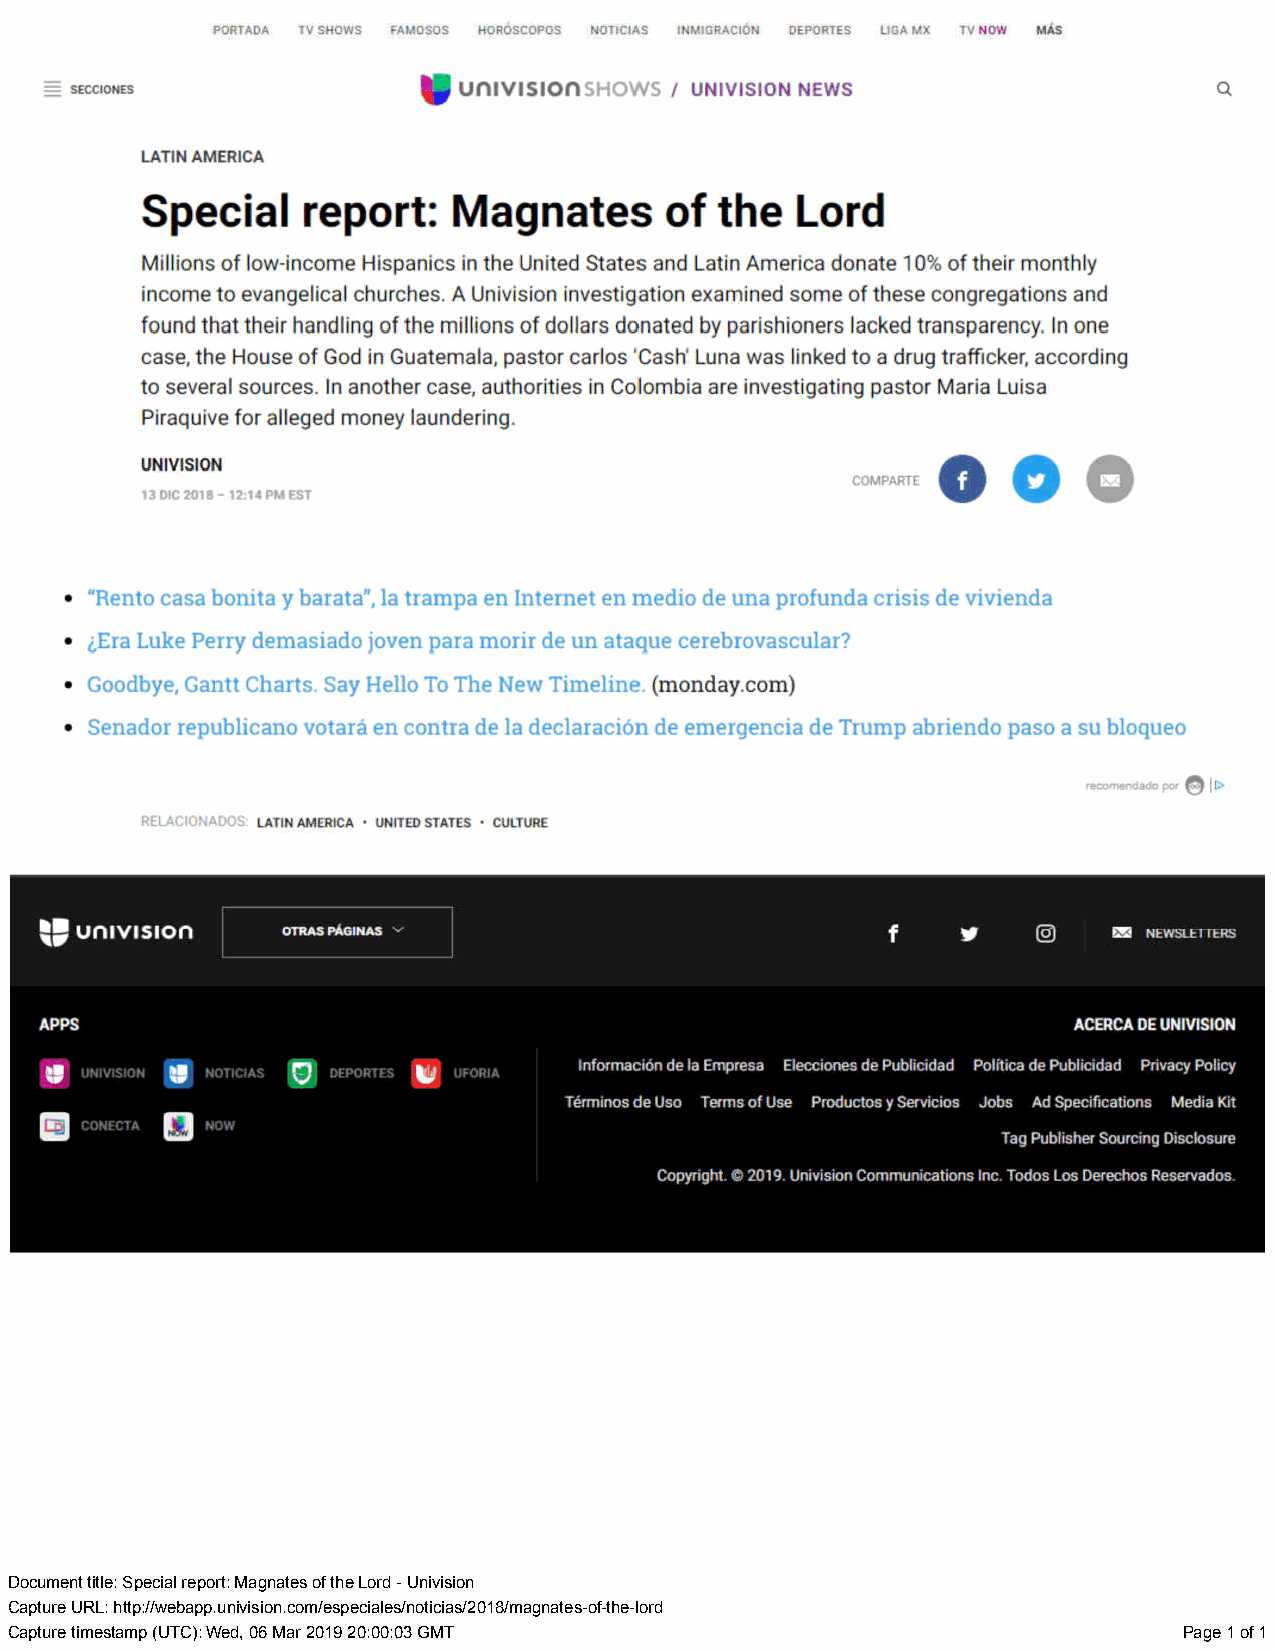
Document title: Special report: Magnates of the Lord - Univision
 Capture URL: http://webapp.univision.com/especiales/noticias/2018/magnates-of-the-lord
 Capture timestamp (UTC): Wed, 06 Mar 2019 20:00:03 GMT                        Page 1 of 1